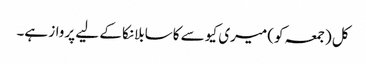
کل (جمعہ کو) میری کیو سے کاسابلانکا کے لیے پرواز ہے۔